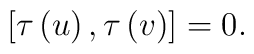
[\tau \left( u\right),\tau \left( v\right)]=0.